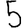
Digit: 5